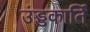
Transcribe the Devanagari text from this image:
उंड्डकार्ति